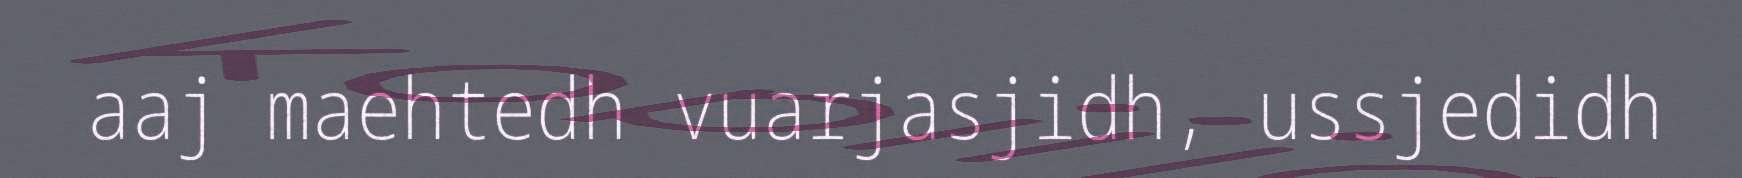
aaj maehtedh vuarjasjidh, ussjedidh